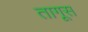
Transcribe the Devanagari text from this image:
तागूस